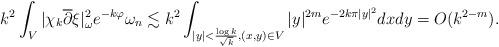
LaTeX: \begin{align*}k^2 \int_{V} |\chi_{k} \overline{\partial}\xi|^2_{\omega}e^{-k\varphi} \omega_{n} \lesssim k^2 \int_{|y|< \frac{\log k}{\sqrt{k}}, (x, y) \in V} |y|^{2m} e^{-2k\pi|y|^2}dxdy = O(k^{2-m}). \end{align*}